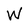
Character: W